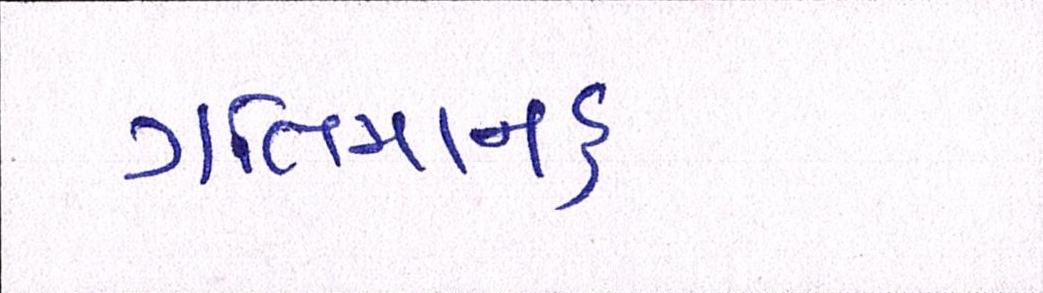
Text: ગતિમાનક